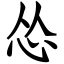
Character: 怂